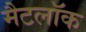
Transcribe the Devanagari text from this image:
मैटलॉक